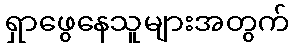
ရှာဖွေနေသူများအတွက်